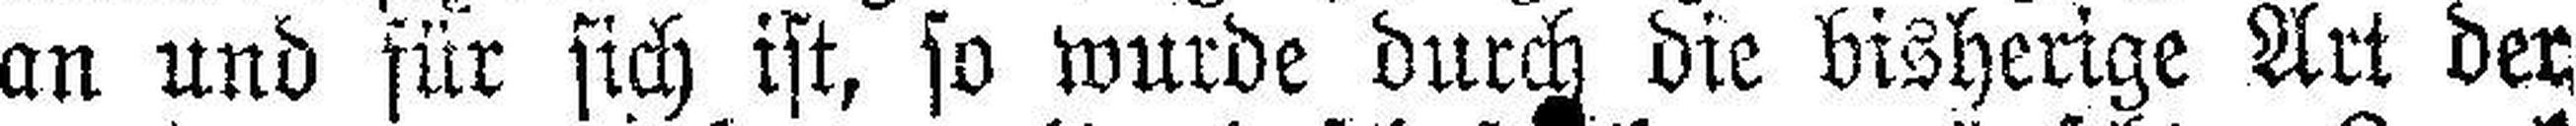
an und für sich ist, so wurde durch die bisherige Art der